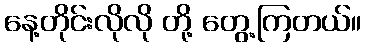
နေ့တိုင်းလိုလို တို့ တွေ့ကြတယ်။